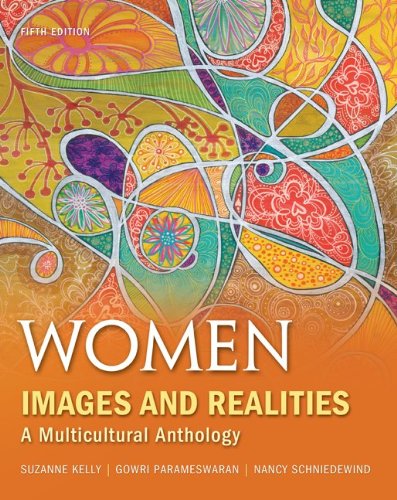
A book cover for Women: Images & Realities, A Multicultural Anthology; Suzanne Kelly; Politics & Social Sciences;